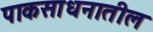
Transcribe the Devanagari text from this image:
पाकसाधनातील